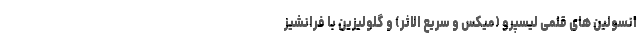
انسولین های قلمی لیسپرو (میکس و سریع الاثر) و گلولیزین با فرانشیز